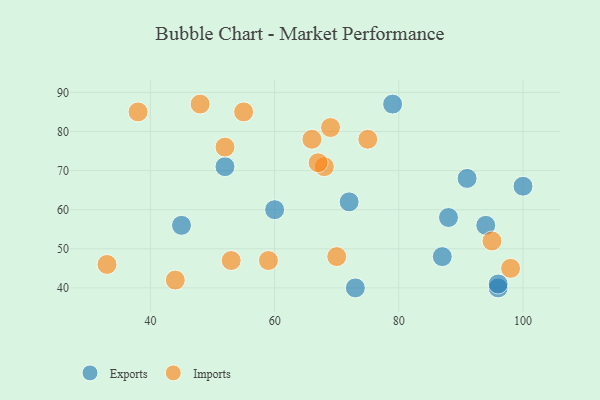
{"axis": {"x": "GDP", "y": "Life Expectancy"}, "legend": ["Exports", "Imports"], "data": [{"x": "87", "y": 48, "type": "Exports"}, {"x": "96", "y": 40, "type": "Exports"}, {"x": "60", "y": 60, "type": "Exports"}, {"x": "100", "y": 66, "type": "Exports"}, {"x": "91", "y": 68, "type": "Exports"}, {"x": "72", "y": 62, "type": "Exports"}, {"x": "52", "y": 71, "type": "Exports"}, {"x": "94", "y": 56, "type": "Exports"}, {"x": "96", "y": 41, "type": "Exports"}, {"x": "45", "y": 56, "type": "Exports"}, {"x": "88", "y": 58, "type": "Exports"}, {"x": "79", "y": 87, "type": "Exports"}, {"x": "73", "y": 40, "type": "Exports"}, {"x": "53", "y": 47, "type": "Imports"}, {"x": "68", "y": 71, "type": "Imports"}, {"x": "38", "y": 85, "type": "Imports"}, {"x": "67", "y": 72, "type": "Imports"}, {"x": "55", "y": 85, "type": "Imports"}, {"x": "95", "y": 52, "type": "Imports"}, {"x": "33", "y": 46, "type": "Imports"}, {"x": "66", "y": 78, "type": "Imports"}, {"x": "69", "y": 81, "type": "Imports"}, {"x": "44", "y": 42, "type": "Imports"}, {"x": "98", "y": 45, "type": "Imports"}, {"x": "48", "y": 87, "type": "Imports"}, {"x": "75", "y": 78, "type": "Imports"}, {"x": "52", "y": 76, "type": "Imports"}, {"x": "59", "y": 47, "type": "Imports"}, {"x": "70", "y": 48, "type": "Imports"}]}